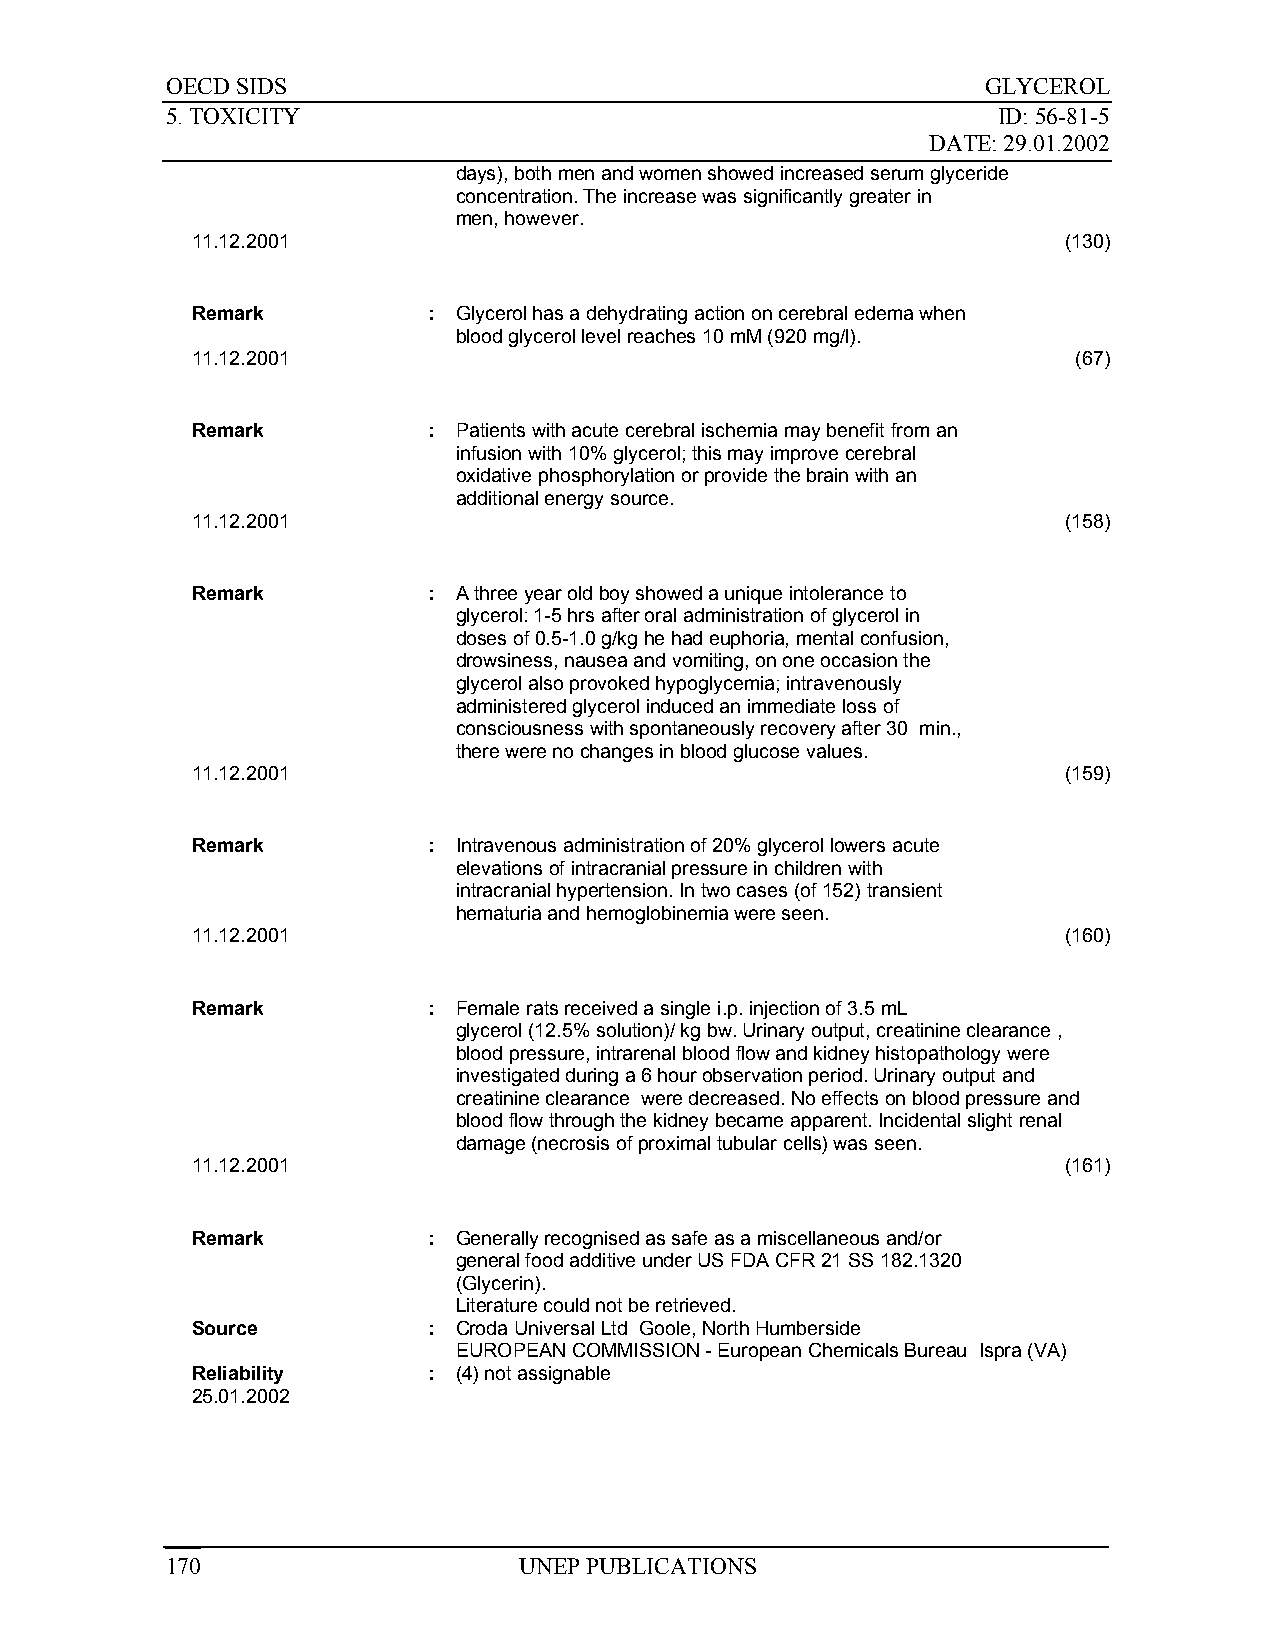
OECD SIDS                                             GLYCEROL
 5. TOXICITY                                            ID: 56-81-5
 DATE: 29.01.2002
 days), both men and women showed increased serum glyceride
 concentration. The increase was significantly greater in
 men, however.
 11.12.2001                                               (130)
 Remark         : Glycerol has a dehydrating action on cerebral edema when
 blood glycerol level reaches 10 mM (920 mg/l).
 11.12.2001                                                (67)
 Remark         : Patients with acute cerebral ischemia may benefit from an
 infusion with 10% glycerol; this may improve cerebral
 oxidative phosphorylation or provide the brain with an
 additional energy source.
 11.12.2001                                               (158)
 Remark         : A three year old boy showed a unique intolerance to
 glycerol: 1-5 hrs after oral administration of glycerol in
 doses of 0.5-1.0 g/kg he had euphoria, mental confusion,
 drowsiness, nausea and vomiting, on one occasion the
 glycerol also provoked hypoglycemia; intravenously
 administered glycerol induced an immediate loss of
 consciousness with spontaneously recovery after 30 min.,
 there were no changes in blood glucose values.
 11.12.2001                                               (159)
 Remark         : Intravenous administration of 20% glycerol lowers acute
 elevations of intracranial pressure in children with
 intracranial hypertension. In two cases (of 152) transient
 hematuria and hemoglobinemia were seen.
 11.12.2001                                               (160)
 Remark         : Female rats received a single i.p. injection of 3.5 mL
 glycerol (12.5% solution)/ kg bw. Urinary output, creatinine clearance ,
 blood pressure, intrarenal blood flow and kidney histopathology were
 investigated during a 6 hour observation period. Urinary output and
 creatinine clearance were decreased. No effects on blood pressure and
 blood flow through the kidney became apparent. Incidental slight renal
 damage (necrosis of proximal tubular cells) was seen.
 11.12.2001                                               (161)
 Remark         : Generally recognised as safe as a miscellaneous and/or
 general food additive under US FDA CFR 21 SS 182.1320
 (Glycerin).
 Literature could not be retrieved.
 Source         : Croda Universal Ltd Goole, North Humberside
 EUROPEAN COMMISSION - European Chemicals Bureau Ispra (VA)
 Reliability    : (4) not assignable
 25.01.2002
 170                    UNEP PUBLICATIONS